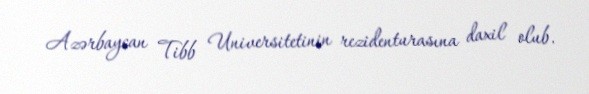
Azərbaycan Tibb Universitetinin rezidenturasına daxil olub.